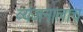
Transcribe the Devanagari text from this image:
व्यंजनालाच